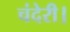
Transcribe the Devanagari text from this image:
चंदेरी।